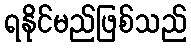
ရနိုင်မည်ဖြစ်သည်